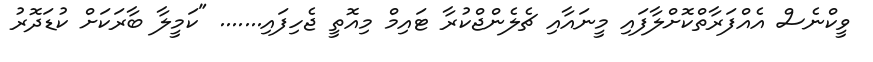
ވީކްނެސް އެއްފަރާތްކޮށްލާފައި މީނައާއި ޗެލެންޖްކުރާ ޓައިމް މިއޮތީ ޖެހިފައި....... "ކަމީލާ ބާރަކަށް ކުޑަދޮރު